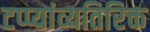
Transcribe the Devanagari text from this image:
टप्प्यांव्यतिरिक्त